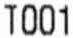
T001